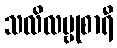
သလိလမ္ဗုစာရီ